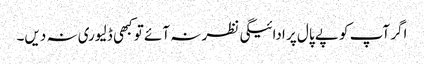
اگر آپ کو پے پال پر ادائیگی نظر نہ آئے تو کبھی ڈلیوری نہ دیں۔